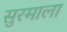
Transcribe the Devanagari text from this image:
सुरमाला